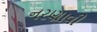
નરણાવી